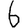
Digit: 6